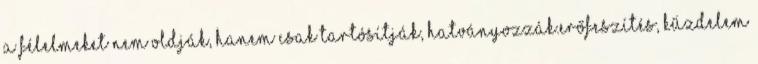
a félelmeket nem oldják, hanem csak tartósítják, hatványozzák.Erőfeszítés, kűzdelem